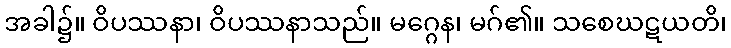
အခါ၌။ ဝိပဿနာ၊ ဝိပဿနာသည်။ မဂ္ဂေန၊ မဂ်၏။ သစေဃဋယတိ၊